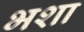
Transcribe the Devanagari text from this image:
भशा